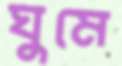
ঘুমে